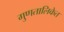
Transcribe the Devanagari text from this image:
गुणतालिकेत